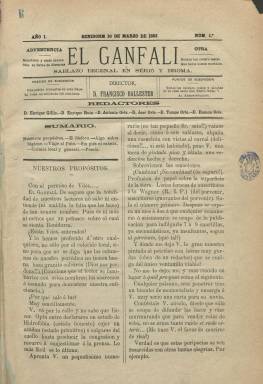
Título: Canfali (Benidorm. 1883)
Otros títulos: Ganfali
Colección: Revistas satíricas y humorísticas
Ámbito geográfico: Alicante
Lugar de publicación: Benidorm, Alicante
Fechas: 10/03/1883-01/11/1883

Revista que va a llevar en sus diez primeros números el subtítulo “sablazo decenal en serio y broma” y en los restantes catorce, “revista decenal literaria”. En su presentación dirá que su intención será “intentar reflejar los acontecimientos del pueblo y de la comarca con humor, sin intencionalidad política”. Aunque se le nota una tendencia “liberal moderada, acaso republicana”, según Lloréns Barber y Lloréns Estarelles (2007).

Comienza a publicarse el diez de marzo de 1883, en entregas de ocho páginas, compuestas a dos columnas, siendo estampadas en el Establecimiento Tipográfico de Costa y Mira, en la ciudad de Alicante. Y aparecerá cada diez días.

Será obra de un grupo de jóvenes, apareciendo como director Francisco Ballester y Ortuño y como redactores, Enrique Gillis y López, Enrique Ruiz, José Orts y Orts y los hermanos Antonio (que fallecería el ocho de abril de 1883), Tomás (1866-1939) y Ramón Orts y Ramos. Y entre las firmas de sus textos aparecen también los nombres de Jaime Orts Devesa, Mercedes de Vargas de Chambó, Santiago Lanuza o Patrocinio de Biedma, entre otros. También aparecen algunas iniciales y seudónimos, y contará con algún corresponsal.

Publica información local de Benidorm y de otros municipios cercanos de la comarca de la Marina Baja (Altea, Alfaz, Polop, Nucía o Villajoyosa), de su vida urbana, social, cultural, turística, agrícola, marinera o económica; artículos de sanidad e higiene y de creación literaria, algunos poemas o charadas, y carece de cualquier grabado. Entre sus secciones destacan una Revista de la semana o Revista de la decena, así como Crónica local y general. Sólo insertará un artículo en valenciano.

Al publicar su entrega 24, correspondiente al primero de noviembre de ese mismo año 1883, anuncia su suspensión. Este título tendrá una segunda época, publicando once entregas desde el uno de noviembre de 1886 al 31 de enero de enero 1887. De nuevo se publicará entre 1892 y 1893.